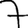
Digit: 7